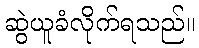
ဆွဲယူခံလိုက်ရသည်။